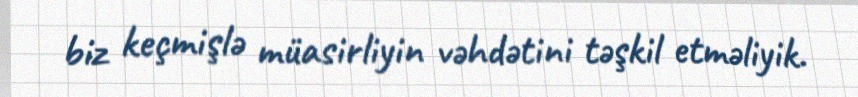
biz keçmişlə müasirliyin vəhdətini təşkil etməliyik.